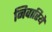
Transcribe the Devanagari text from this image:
निवारिये